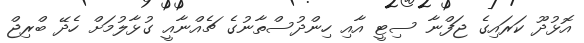
އޮޅުދޫ ކަރައިގެ ޖަފްނާ ސިޓީ އާއި ހިންދުސްތާނުގެ ޗެއްނާއީ ގުޅާލުމަށް ހެދޭ ބްރިޖް